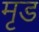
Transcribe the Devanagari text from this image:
मृड